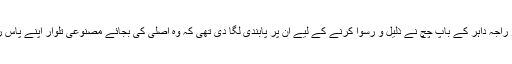
جن کو راجہ داہر کے باپ چچ نے ذلیل و رسوا کرنے کے لیے ان پر پابندی لگا دی تھی کہ وہ اصلی کی بجائے مصنوعی تلوار اپنے پاس رکھیں۔